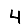
Digit: 4